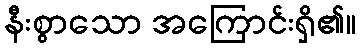
နီးစွာသော အကြောင်းရှိ၏။